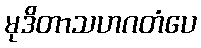
မုဒိတာသဟဂတံပေ